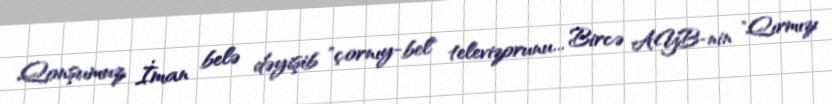
Qonşumuz İman belə dəyişib "çornıy-bel" televizorunu... Bircə AYB-nin "Qırmızı